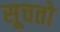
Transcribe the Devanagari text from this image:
सूचतो